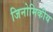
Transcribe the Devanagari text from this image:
जिनोमिकीय